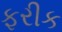
ફરીક